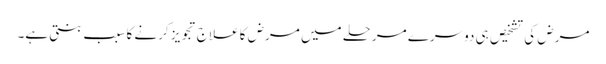
مرض کی تشخیص ہی دوسرے مرحلے میں مرض کا علاج تجویز کرنے کا سبب بنتی ہے۔